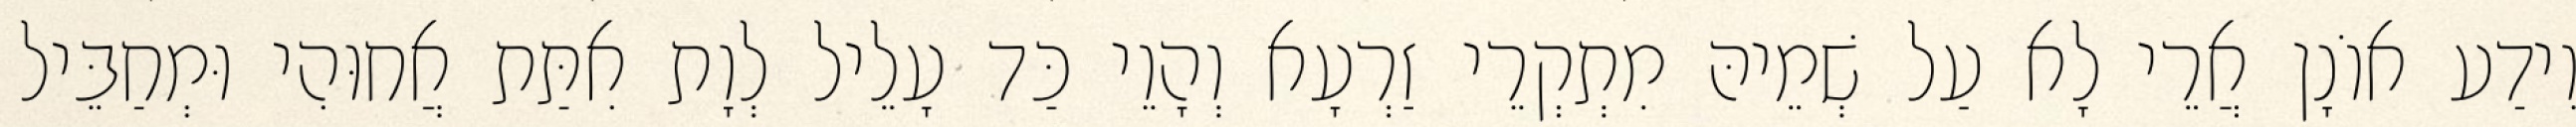
וִידַע אוֹנָן אֲרֵי לָא עַל שְׁמֵיהּ מִתְקְרֵי זַרְעָא וְהָוֵי כַּד עָלֵיל לְוָת אִתַּת אֲחוּהִי וּמְחַבֵּיל